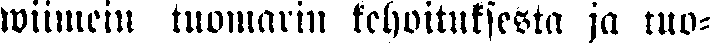
wiimein tuomarin kehoituksesta ja tuo-